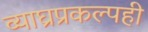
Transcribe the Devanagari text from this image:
व्याघ्रप्रकल्पही